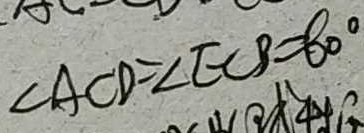
\angle A C D = \angle E C B = 6 0 ^ { \circ }